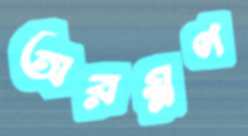
অরম্নণ